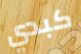
كبدي